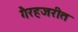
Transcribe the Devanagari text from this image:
गैरहजरीत